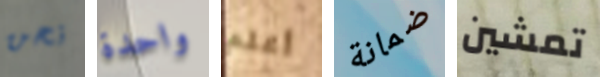
نحن واحدة أعلم ضمانة تمشين